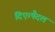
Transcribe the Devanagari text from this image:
दिए।पैदल